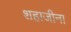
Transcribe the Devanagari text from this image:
शहाजीना